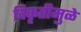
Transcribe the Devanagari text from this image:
विकृतीमुळे